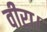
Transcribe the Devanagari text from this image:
वीरा।